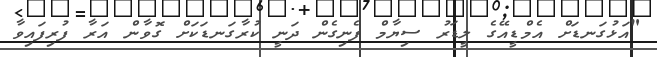
"އަޅުގަނޑަށް އެމްޑީއޭގެ ލީޑަރު ސިޔާމް ފެނިގެން ދަނީ ކުރާގަނޑަކަށް ގޮވާން އަރާ ފުރިފައިވާ